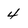
Character: 4